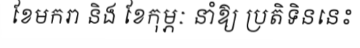
ខែមករា និង ខែកុម្ភៈ នាំឱ្យ ប្រតិទិននេះ